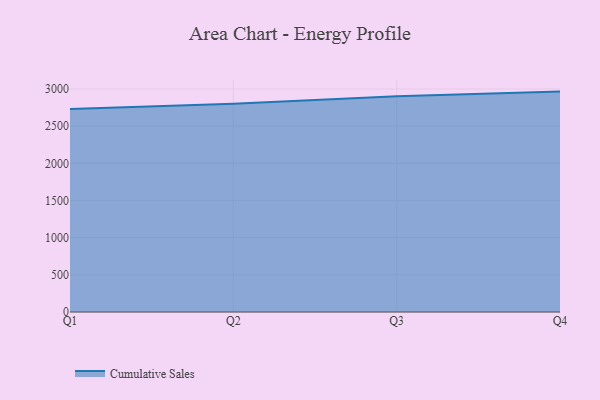
{"axis": {"x": "Quarter", "y": "Waste Production (Tons)"}, "legend": ["Cumulative Sales"], "data": [{"x": "Q1", "y": 2730.6, "type": "Cumulative Sales"}, {"x": "Q2", "y": 2801.3, "type": "Cumulative Sales"}, {"x": "Q3", "y": 2901.4, "type": "Cumulative Sales"}, {"x": "Q4", "y": 2964.6, "type": "Cumulative Sales"}]}